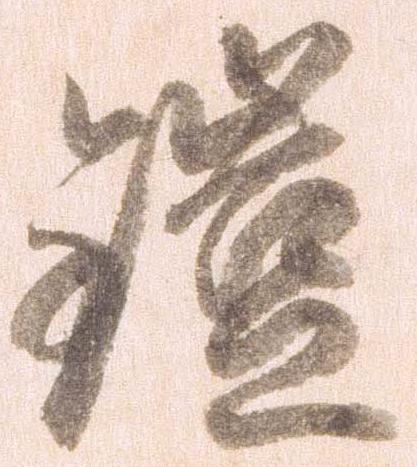
鎧